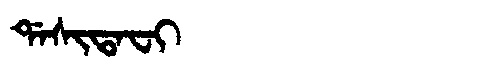
Manchu: ᡩᠠᠰᡳᡨᠠᠸᡳ
Romanization: DASITAFI